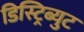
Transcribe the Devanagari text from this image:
डिस्ट्रिब्युट